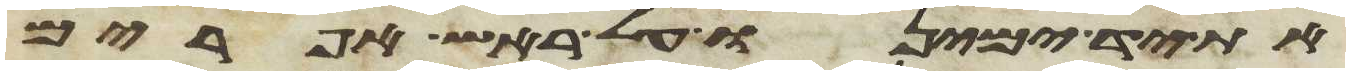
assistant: את יד ימינו על ראש אפרים